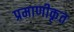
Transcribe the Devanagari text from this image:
प्रमाणीकृत